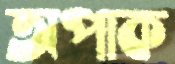
অপাক